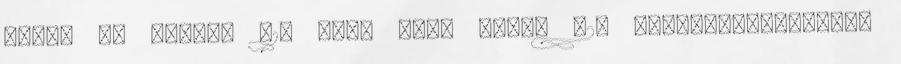
Ízlés és stílus 31. Falu vagy város 32. Házasélet-családi